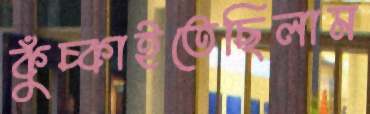
কুঁচ্‌কাইতেছিলাম